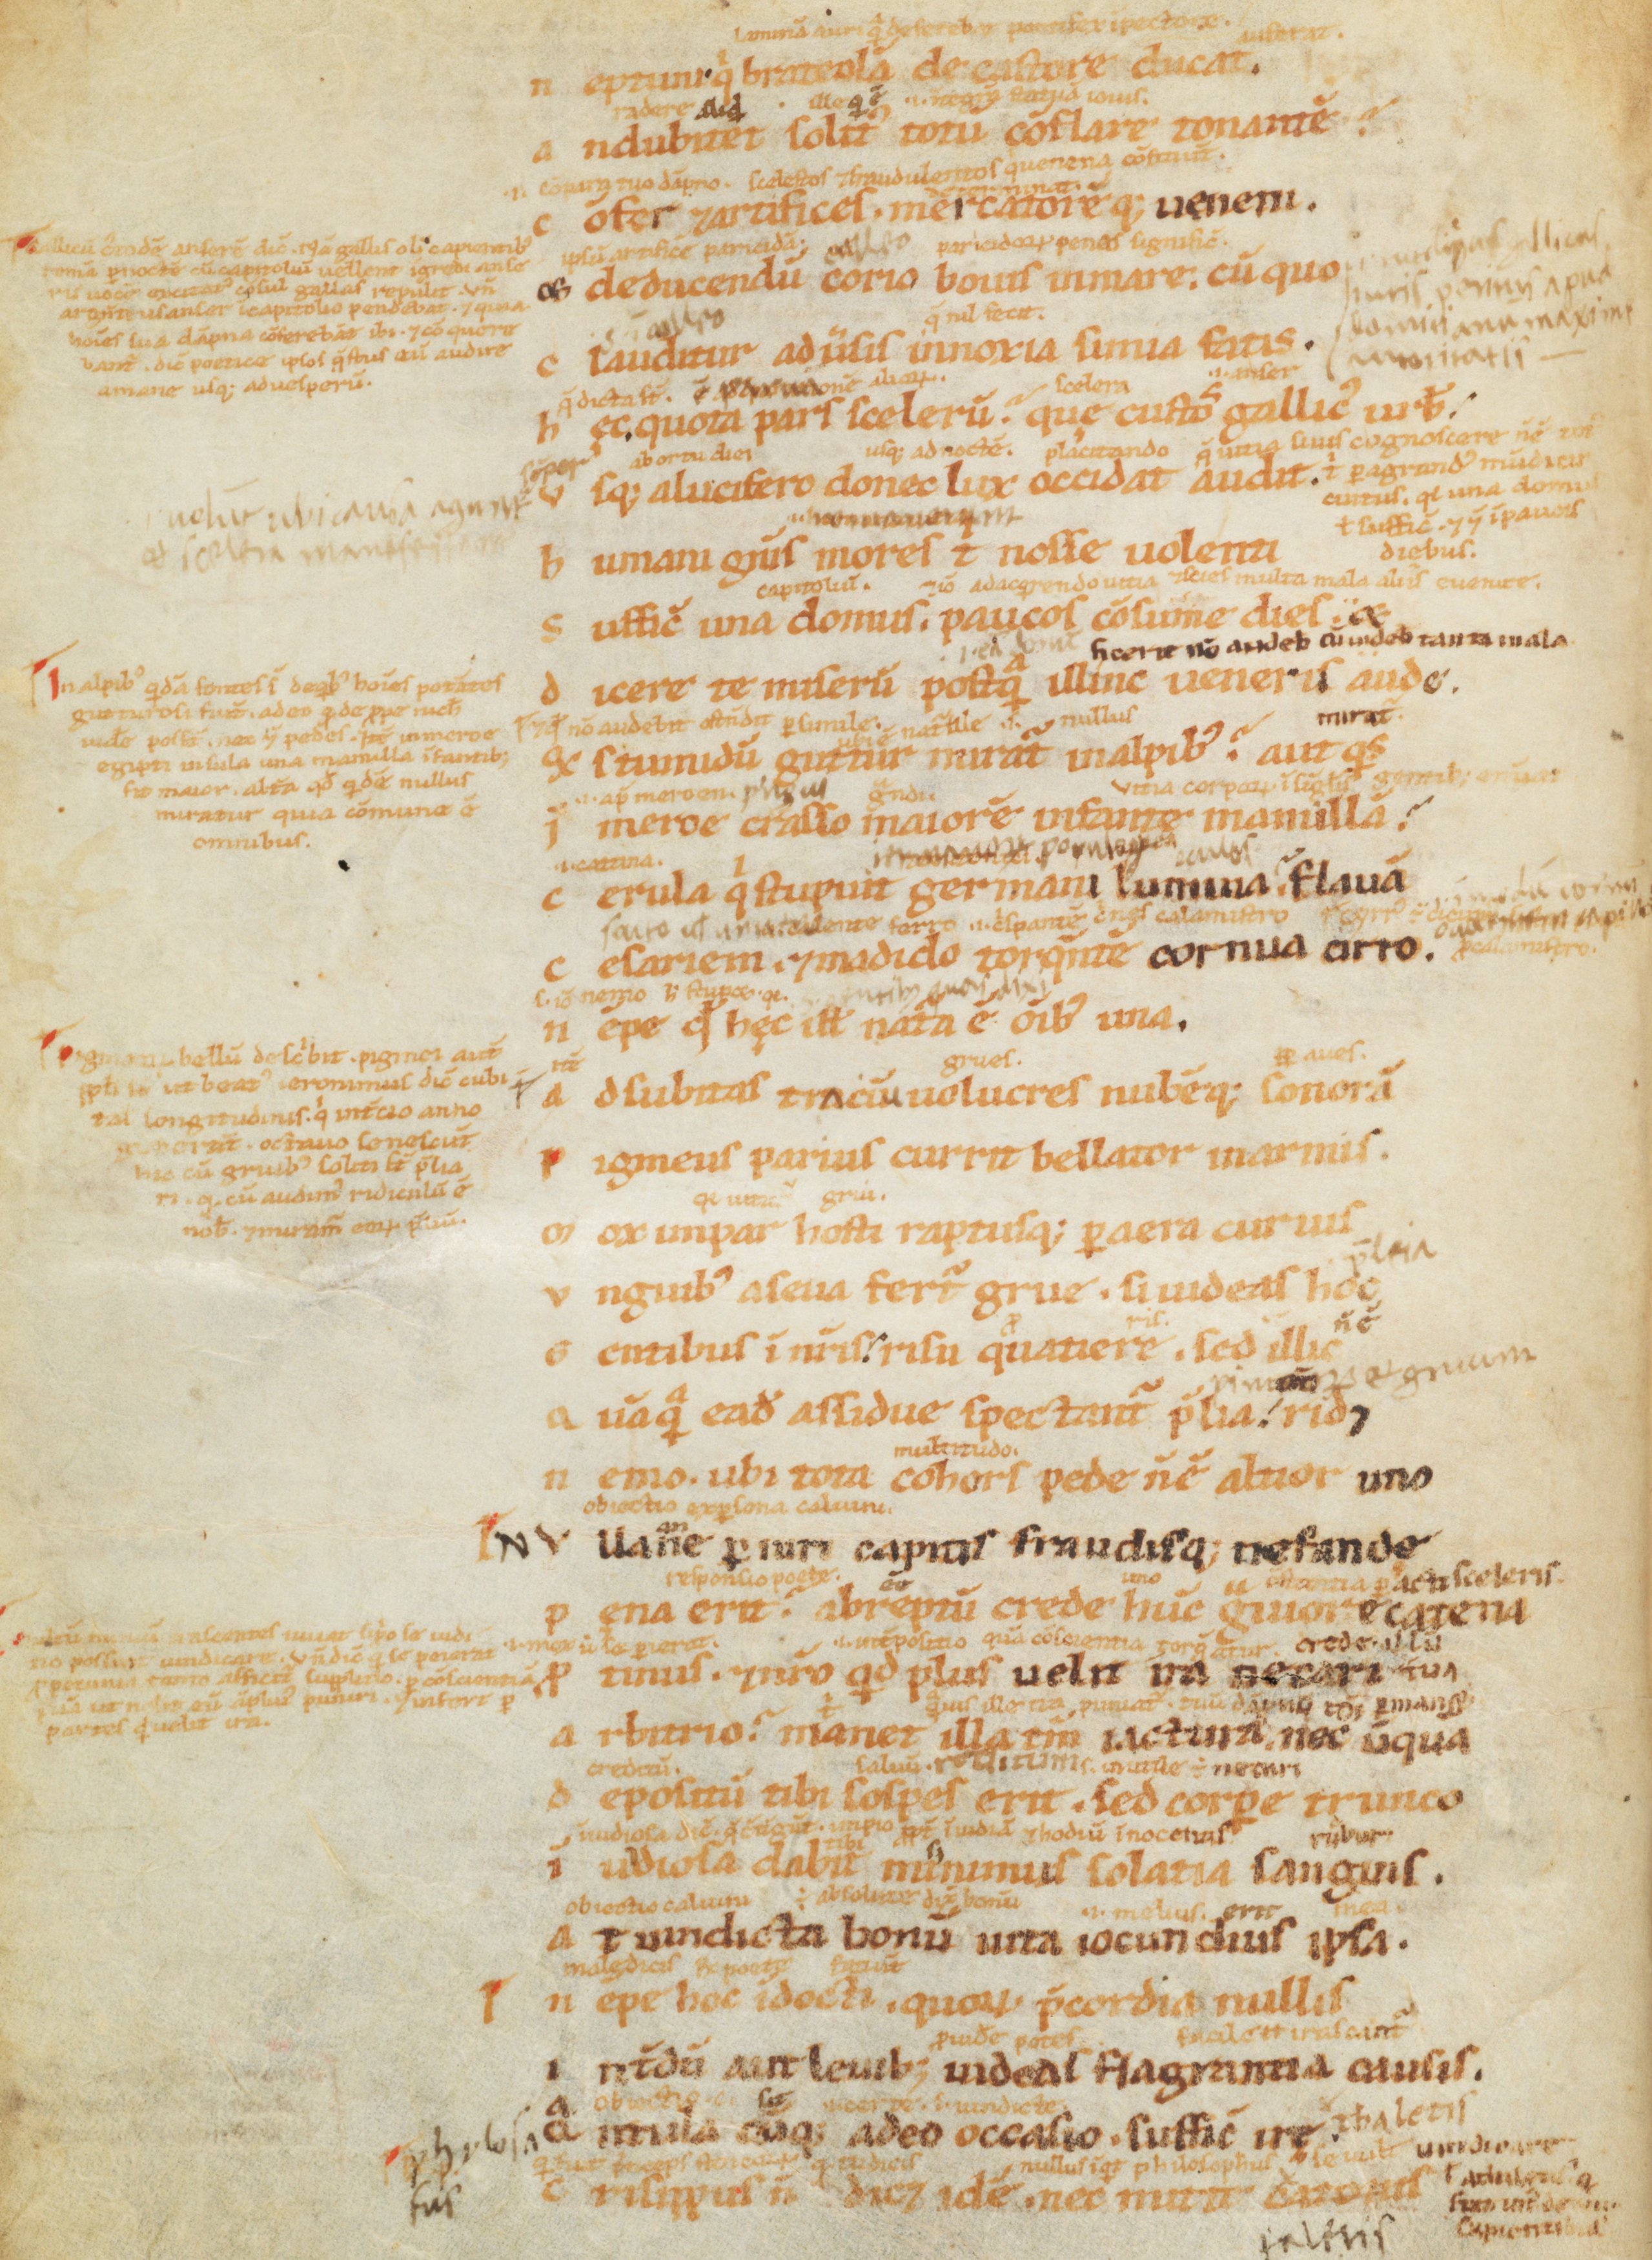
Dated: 1100–1199